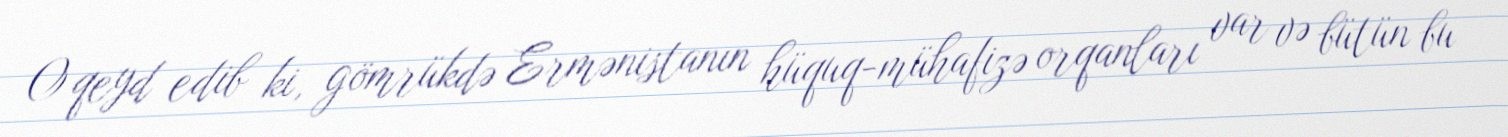
O qeyd edib ki, gömrükdə Ermənistanın hüquq-mühafizə orqanları var və bütün bu